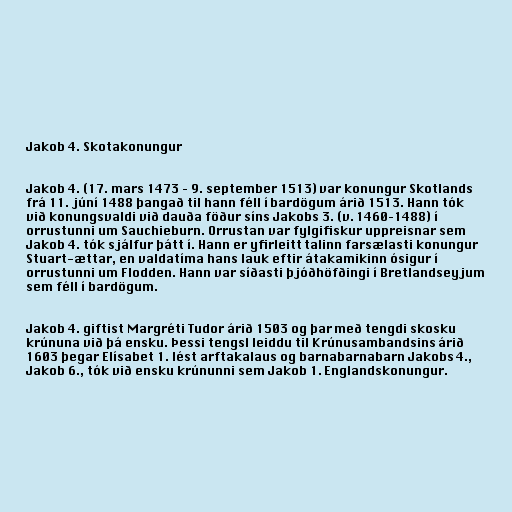
Jakob 4. Skotakonungur

Jakob 4. (17. mars 1473 – 9. september 1513) var konungur Skotlands
frá 11. júní 1488 þangað til hann féll í bardögum árið 1513. Hann tók
við konungsvaldi við dauða föður síns Jakobs 3. (v. 1460–1488) í
orrustunni um Sauchieburn. Orrustan var fylgifiskur uppreisnar sem
Jakob 4. tók sjálfur þátt í. Hann er yfirleitt talinn farsælasti konungur
Stuart-ættar, en valdatíma hans lauk eftir átakamikinn ósigur í
orrustunni um Flodden. Hann var síðasti þjóðhöfðingi í Bretlandseyjum
sem féll í bardögum.

Jakob 4. giftist Margréti Tudor árið 1503 og þar með tengdi skosku
krúnuna við þá ensku. Þessi tengsl leiddu til Krúnusambandsins árið
1603 þegar Elísabet 1. lést arftakalaus og barnabarnabarn Jakobs 4.,
Jakob 6., tók við ensku krúnunni sem Jakob 1. Englandskonungur.